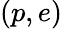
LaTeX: (p,e)